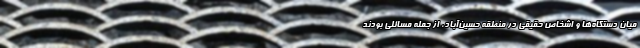
میان دستگاه‌ها و اشخاص حقیقی در منطقه حسین‌آباد، از جمله مسائلی بودند